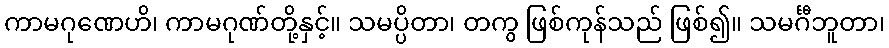
ကာမဂုဏေဟိ၊ ကာမဂုဏ်တို့နှင့်။ သမပ္ပိတာ၊ တကွ ဖြစ်ကုန်သည် ဖြစ်၍။ သမင်္ဂီဘူတာ၊